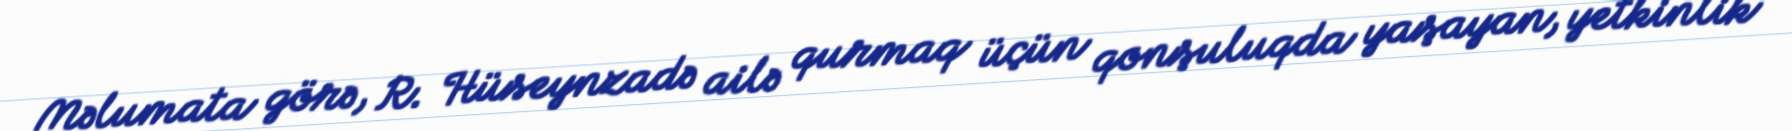
Məlumata görə, R. Hüseynzadə ailə qurmaq üçün qonşuluqda yaşayan, yetkinlik